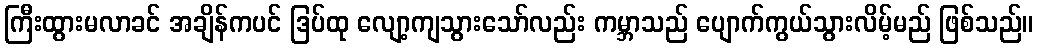
ကြီးထွားမလာခင် အချိန်ကပင် ဒြပ်ထု လျော့ကျသွားသော်လည်း ကမ္ဘာသည် ပျောက်ကွယ်သွားလိမ့်မည် ဖြစ်သည်။